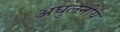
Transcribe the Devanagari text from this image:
अघुलनीय